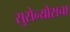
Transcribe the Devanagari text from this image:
सुसेन्योसचा